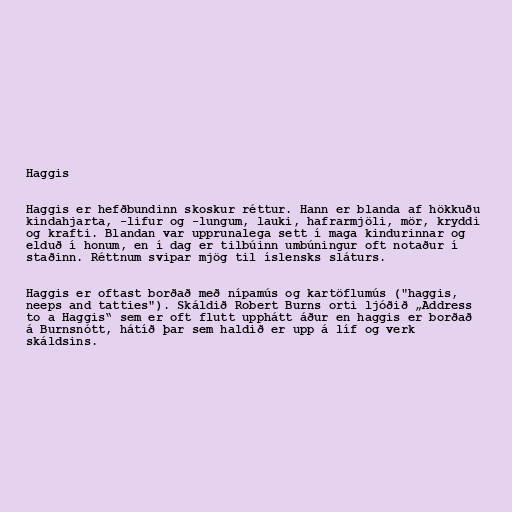
Haggis

Haggis er hefðbundinn skoskur réttur. Hann er blanda af hökkuðu
kindahjarta, -lifur og -lungum, lauki, hafrarmjöli, mör, kryddi
og krafti. Blandan var upprunalega sett í maga kindurinnar og
elduð í honum, en í dag er tilbúinn umbúningur oft notaður í
staðinn. Réttnum svipar mjög til íslensks sláturs.

Haggis er oftast borðað með nípamús og kartöflumús ("haggis,
neeps and tatties"). Skáldið Robert Burns orti ljóðið „Address
to a Haggis“ sem er oft flutt upphátt áður en haggis er borðað
á Burnsnótt, hátíð þar sem haldið er upp á líf og verk
skáldsins.